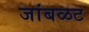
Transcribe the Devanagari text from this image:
जांबळट